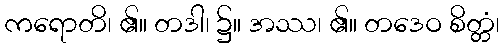
ကရောတိ၊ ၏။ တဒါ၊ ၌။ အဿ၊ ၏။ တဒေဝ စိတ္တံ၊